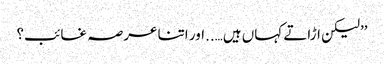
’’لیکن اڑاتے کہاں ہیں…..اور اتنا عرصہ غائب؟